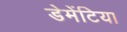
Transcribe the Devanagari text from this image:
डेमेंटिया